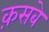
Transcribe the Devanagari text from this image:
क़सबे